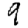
Digit: 9